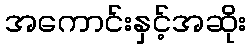
အကောင်းနှင့်အဆိုး